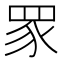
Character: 𬑔